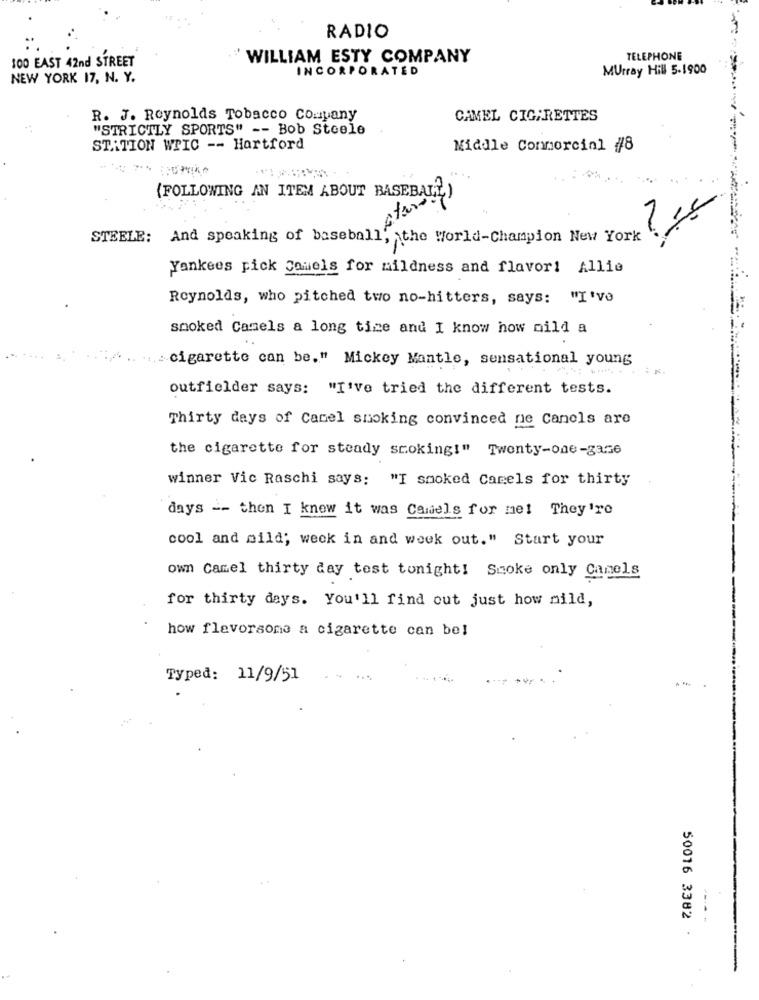
RADIO
100 EAST 42nd STREET
WILLIAM ESTY COMPANY
TELEPHONE
INCORPORATED
Murray Hill 5-1900
NEW YORK 17, N. Y.
R. J. Reynolds Tobacco Company
CAMEL CIGARETTES
"STRICTLY SPORTS" -- Bob Steele
ST.ITION WPIC -- Hartford
Middle Conmorcinl #8
(FOLLOWING AN ITEM ABOUT BASEBALL)
STEELE: And speaking of baseball, the World-Champion New York
Yankees pick Comels for mildness and flavor! Allie
Reynolds, who pitched two no-hitters, says: "I've
smoked Camels a long time and I know how oild a
cigarette can be." Mickey Mantle, sensational young
outfielder says: "I've tried the different tests.
Thirty days of Camel smoking convinced ne Canels are
the cigarette for steady scoking!" Twenty-one-gase
winner Vic Raschi says: "I smoked Camels for thirty
days -- then I know it was Camels for me! They're
cool and mild; week in and week out." Start your
own Camel thirty day test tonight! Smoke only Camels
for thirty days. You'll find out just how mild,
how flavorsome a cigarette can bel
Typed: 11/9/51
50016 3382